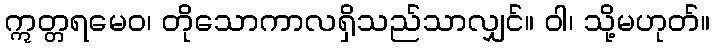
ဣတ္တရမေဝ၊ တိုသောကာလရှိသည်သာလျှင်။ ဝါ၊ သို့မဟုတ်။